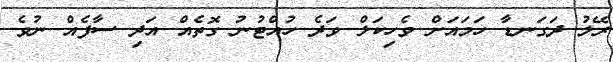
ރޭލު ދަގަނޑާ ހަމައަށް ވެހިކަލް ވަދެ ހުއްޓުނު ގޮތެއް އަދި ސާފެއް ނުވެ